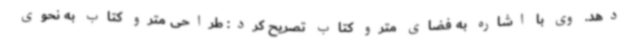
دهد. وی با اشاره به فضای مترو کتاب تصریح کرد: طراحی مترو کتاب به نحوی